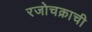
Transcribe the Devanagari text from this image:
रजोचक्राची